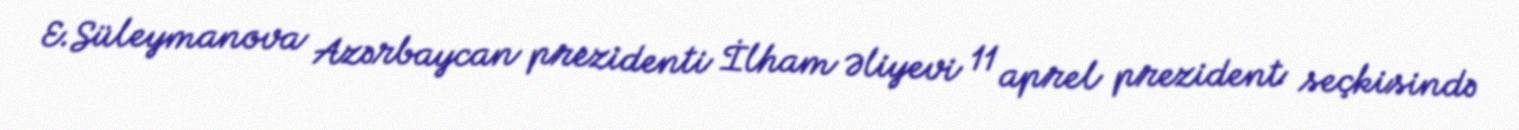
E.Süleymanova Azərbaycan prezidenti İlham Əliyevi 11 aprel prezident seçkisində